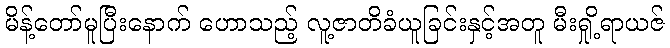
မိန့်တော်မူပြီးနောက် ဟောသည့် လူ့ဇာတိခံယူခြင်းနှင့်အတူ မီးရှို့ရာယဇ်